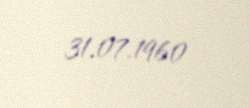
31.07.1960